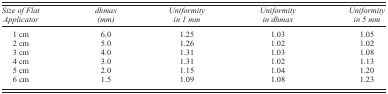
| Size of Flat Applicator | dhmax (mm) | Uniformity in 1 mm | Uniformity in dhmax | Uniformity in 5 mm |
 | --- | --- | --- | --- | --- |
 | 1 cm | 6.0 | 1.25 | 1.03 | 1.05 |
 | 2 cm | 5.0 | 1.26 | 1.02 | 1.02 |
 | 3 cm | 4.0 | 1.31 | 1.03 | 1.08 |
 | 4 cm | 3.0 | 1.31 | 1.02 | 1.13 |
 | 5 cm | 2.0 | 1.15 | 1.04 | 1.20 |
 | 6 cm | 1.5 | 1.09 | 1.08 | 1.23 |